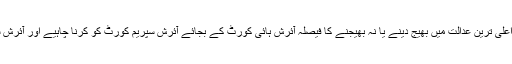
پال گالاہر کے بقول ایسا اس لیے ضروری ہے کہ اس مقدمے کو یورپ کی اعلیٰ ترین عدالت میں بھیج دینے یا نہ بھیجنے کا فیصلہ آئرش ہائی کورٹ کے بجائے آئرش سپریم کورٹ کو کرنا چاہیے اور آئرش سپریم کورٹ کو اس حوالے سے اپیل کی سماعت کے لیے وقت درکار ہو گا۔